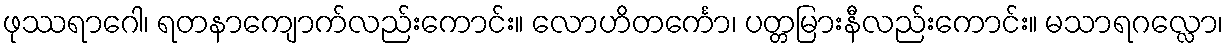
ဖုဿရာဂေါ၊ ရတနာကျောက်လည်းကောင်း။ လောဟိတင်္ကော၊ ပတ္တမြားနီလည်းကောင်း။ မသာရဂလ္လော၊